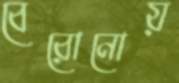
বেরোনোয়